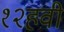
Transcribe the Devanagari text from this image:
१२हवीं